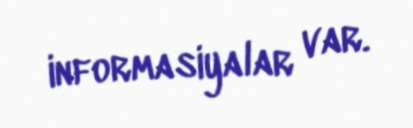
informasiyalar var.